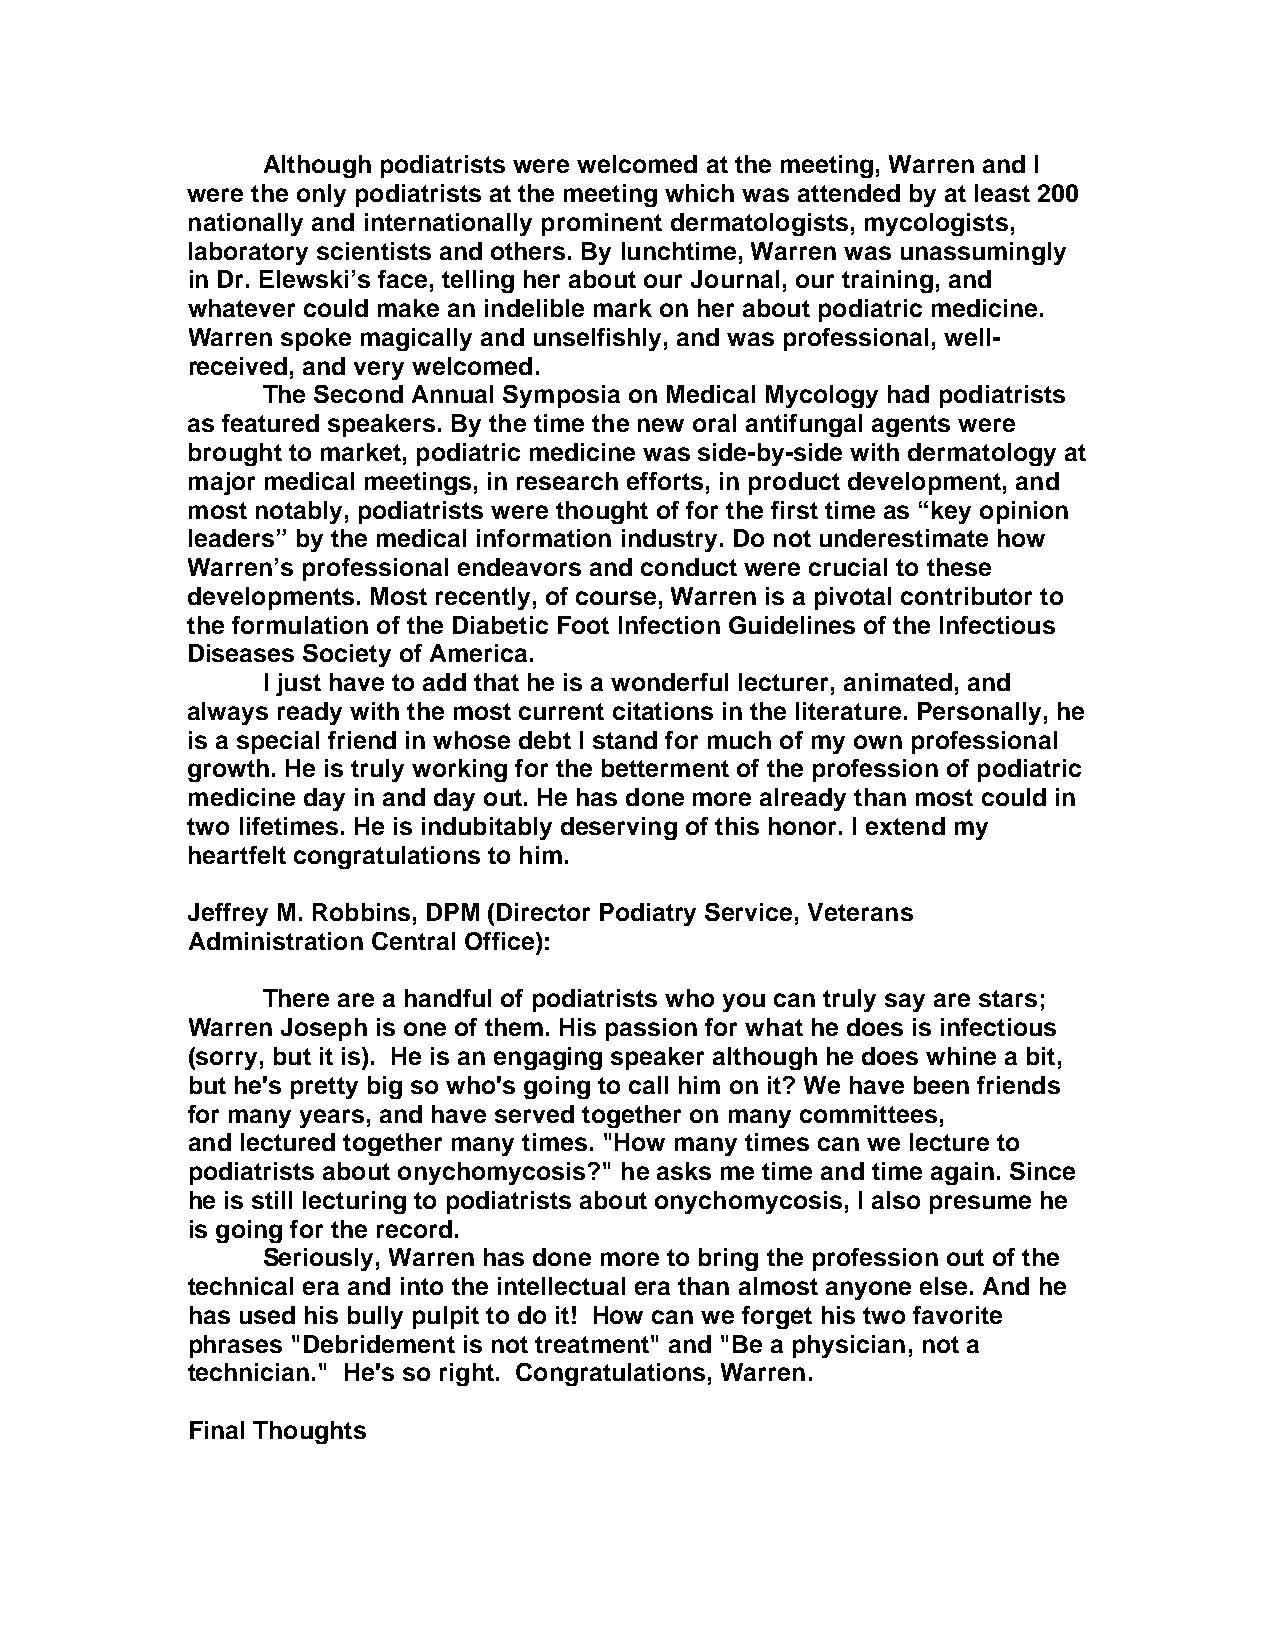
Although podiatrists were welcomed at the meeting, Warren and I
 were the only podiatrists at the meeting which was attended by at least 200
 nationally and internationally prominent dermatologists, mycologists,
 laboratory scientists and others. By lunchtime, Warren was unassumingly
 in Dr. Elewski’s face, telling her about our Journal, our training, and
 whatever could make an indelible mark on her about podiatric medicine.
 Warren spoke magically and unselfishly, and was professional, well-
 received, and very welcomed.
 The Second Annual Symposia on Medical Mycology had podiatrists
 as featured speakers. By the time the new oral antifungal agents were
 brought to market, podiatric medicine was side-by-side with dermatology at
 major medical meetings, in research efforts, in product development, and
 most notably, podiatrists were thought of for the first time as “key opinion
 leaders” by the medical information industry. Do not underestimate how
 Warren’s professional endeavors and conduct were crucial to these
 developments. Most recently, of course, Warren is a pivotal contributor to
 the formulation of the Diabetic Foot Infection Guidelines of the Infectious
 Diseases Society of America.
 I just have to add that he is a wonderful lecturer, animated, and
 always ready with the most current citations in the literature. Personally, he
 is a special friend in whose debt I stand for much of my own professional
 growth. He is truly working for the betterment of the profession of podiatric
 medicine day in and day out. He has done more already than most could in
 two lifetimes. He is indubitably deserving of this honor. I extend my
 heartfelt congratulations to him.
 Jeffrey M. Robbins, DPM (Director Podiatry Service, Veterans
 Administration Central Office):
 There are a handful of podiatrists who you can truly say are stars;
 Warren Joseph is one of them. His passion for what he does is infectious
 (sorry, but it is). He is an engaging speaker although he does whine a bit,
 but he's pretty big so who's going to call him on it? We have been friends
 for many years, and have served together on many committees,
 and lectured together many times. "How many times can we lecture to
 podiatrists about onychomycosis?" he asks me time and time again. Since
 he is still lecturing to podiatrists about onychomycosis, I also presume he
 is going for the record.
 Seriously, Warren has done more to bring the profession out of the
 technical era and into the intellectual era than almost anyone else. And he
 has used his bully pulpit to do it! How can we forget his two favorite
 phrases "Debridement is not treatment" and "Be a physician, not a
 technician." He's so right. Congratulations, Warren.
 Final Thoughts